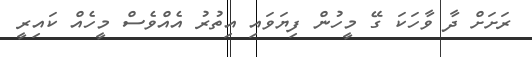
ރަށަށް ދާ ވާހަކަ ގޭ މީހުން ފިޔަވައި އިތުރު އެއްވެސް މީހެއް ކައިރީ